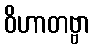
ဝိဟာတဗ္ဗာ